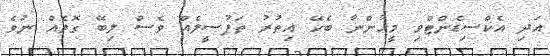
އަދި އެކްސިޑެންޓްވި މީހުންނާ ބެހޭ އިތުރު ތަފުސީލެއް ވެސް ލިބޭ ގޮތެއް ނުވެ